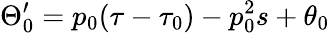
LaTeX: \Theta_{0}^{\prime}=p_{0}(\tau-\tau_{0})-p_{0}^{2}s+\theta_{0}